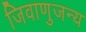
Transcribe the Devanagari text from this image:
जिवाणुजन्य